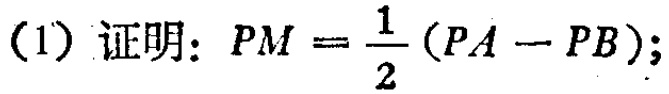
(1) 证明：\(PM = \frac{1}{2}(PA - PB)\);